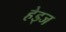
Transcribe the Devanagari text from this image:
हेड्ज